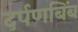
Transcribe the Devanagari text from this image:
दर्पणबिंब